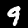
Digit: 9